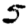
Digit: 5